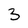
Character: 3